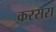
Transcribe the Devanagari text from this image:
करसरा